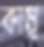
কাম্ব